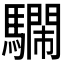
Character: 𩦔